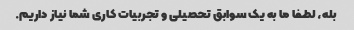
بله، لطفا ما به یک سوابق تحصیلی و تجربیات کاری شما نیاز داریم.